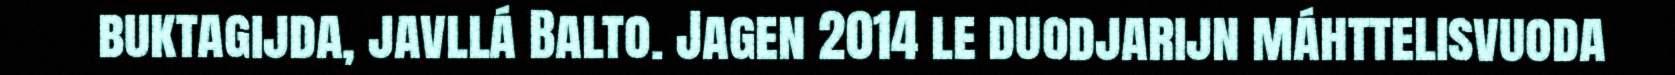
buktagijda, javllá Balto. Jagen 2014 le duodjarijn máhttelisvuoda